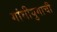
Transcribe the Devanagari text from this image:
गांधीयुगाची